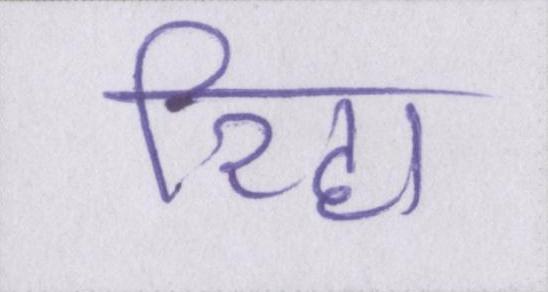
रिहा